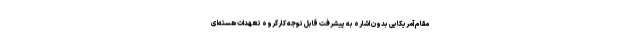
مقام آمریکایی بدون اشاره به پیشرفت قابل توجه کارگروه تعهدات هسته‌ای